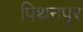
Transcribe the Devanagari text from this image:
पिथनपुर